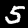
Label: 5